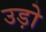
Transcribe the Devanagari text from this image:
उड़ो